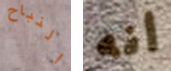
النباح أنه